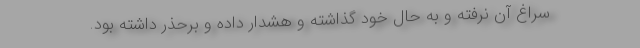
سراغ آن نرفته و به حال خود گذاشته و هشدار داده و برحذر داشته بود.